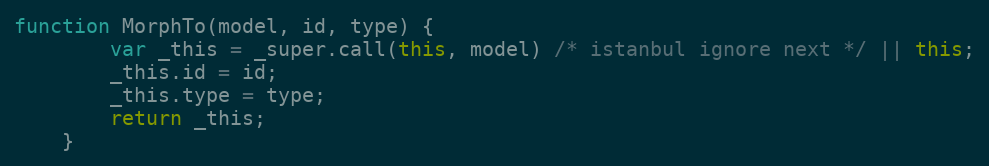
Language: JavaScript
function MorphTo(model, id, type) {
        var _this = _super.call(this, model) /* istanbul ignore next */ || this;
        _this.id = id;
        _this.type = type;
        return _this;
    }